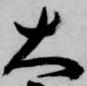
大